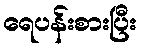
ရေပန်းစားပြီး